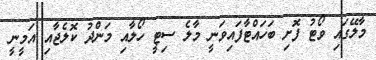
މާލޭގައި ވޯޓު ފޮށި ބަހައްޓާފައިވަނީ މާލެ ސިޓީ ހޯލާއި މަންދު ކޮލެޖާއި އަމީނީ